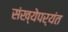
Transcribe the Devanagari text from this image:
संख्येपर्यंत